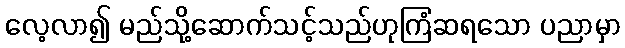
လေ့လာ၍ မည်သို့ဆောက်သင့်သည်ဟုကြံဆရသော ပညာမှာ